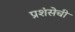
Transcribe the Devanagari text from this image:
प्रशंसेची